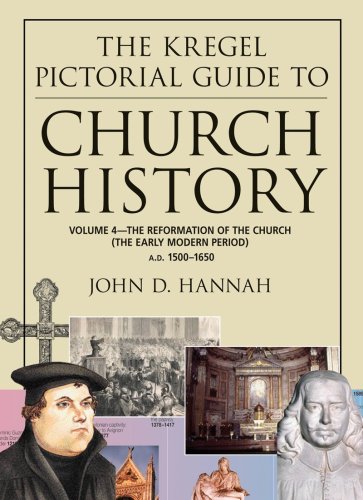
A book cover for The Kregel Pictorial Guide to Church History: The Reformation of the Church During the Early Modern Period--A.D. 1500-1650 (The Kregel Pictorial Guide Series); John D. Hannah; Christian Books & Bibles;